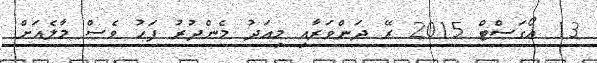
13 އޯގަސްޓް 2015 ރޭ ދަންވަރާއި މިއަދު މެންދުރު ފަހު ވެސް މާލެއަށް